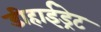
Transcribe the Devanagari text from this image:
डीहाईड्रेट